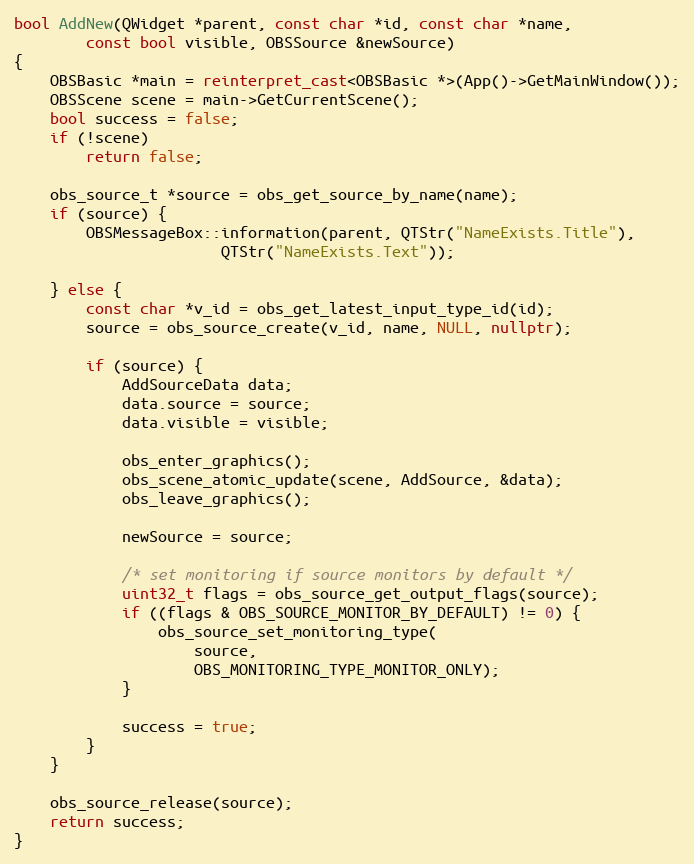
Language: C++
bool AddNew(QWidget *parent, const char *id, const char *name,
	    const bool visible, OBSSource &newSource)
{
	OBSBasic *main = reinterpret_cast<OBSBasic *>(App()->GetMainWindow());
	OBSScene scene = main->GetCurrentScene();
	bool success = false;
	if (!scene)
		return false;

	obs_source_t *source = obs_get_source_by_name(name);
	if (source) {
		OBSMessageBox::information(parent, QTStr("NameExists.Title"),
					   QTStr("NameExists.Text"));

	} else {
		const char *v_id = obs_get_latest_input_type_id(id);
		source = obs_source_create(v_id, name, NULL, nullptr);

		if (source) {
			AddSourceData data;
			data.source = source;
			data.visible = visible;

			obs_enter_graphics();
			obs_scene_atomic_update(scene, AddSource, &data);
			obs_leave_graphics();

			newSource = source;

			/* set monitoring if source monitors by default */
			uint32_t flags = obs_source_get_output_flags(source);
			if ((flags & OBS_SOURCE_MONITOR_BY_DEFAULT) != 0) {
				obs_source_set_monitoring_type(
					source,
					OBS_MONITORING_TYPE_MONITOR_ONLY);
			}

			success = true;
		}
	}

	obs_source_release(source);
	return success;
}